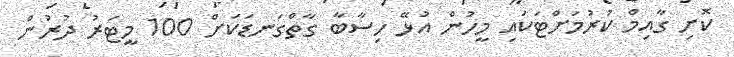
ކޮށި ގާއިމް ކުރުމަށްޓަކައި މީހުން އުޅޭ ހިސާބާ ގާތްގަނޑަކަށް 100 މީޓަރު ދުރުން